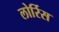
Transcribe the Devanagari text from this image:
लोर्रिस